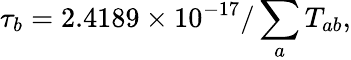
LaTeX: \tau_{b}=2.4189\times 10^{-17}/\sum_{a}T_{ab},